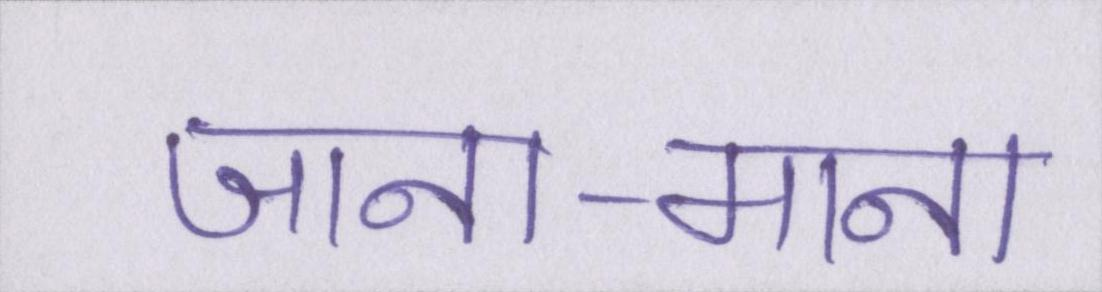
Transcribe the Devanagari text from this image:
जाना-माना